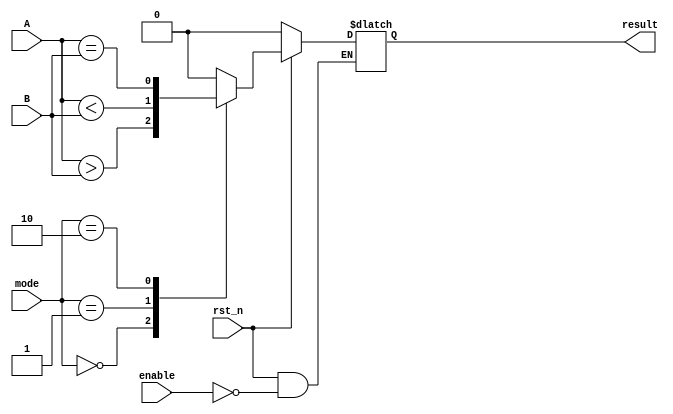
module ParameterizedComparator #(
    parameter N = 8 // Default bit width
)(
    input wire [N-1:0] A,       // Input vector A
    input wire [N-1:0] B,       // Input vector B
    input wire [1:0] mode,      // Comparison mode: 00 - A > B, 01 - A < B, 10 - A == B
    input wire rst_n,           // Asynchronous active low reset
    input wire enable,          // Enable signal
    output reg result           // Output signal indicating the result of the comparison
);

// Internal logic to perform comparison based on the mode
always @(*) begin
    if (!rst_n) begin
        result <= 0; // Reset output
    end else if (enable) begin
        case (mode)
            2'b00: result <= (A > B);  // A > B
            2'b01: result <= (A < B);  // A < B
            2'b10: result <= (A == B);  // A == B
            default: result <= 0;       // Default case
        endcase
    end else begin
        result <= result; // Maintain previous state when not enabled
    end
end

endmodule